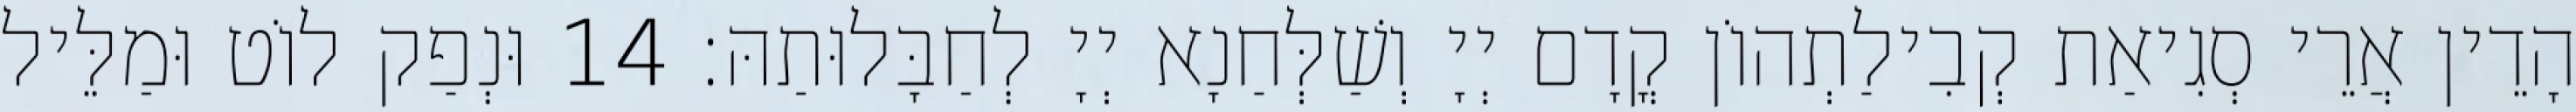
הָדֵין אֲרֵי סְגִיאַת קְבִילַתְהוֹן קֳדָם יְיָ וְשַׁלְּחַנָא יְיָ לְחַבָּלוּתַהּ׃ 14 וּנְפַק לוֹט וּמַלֵּיל